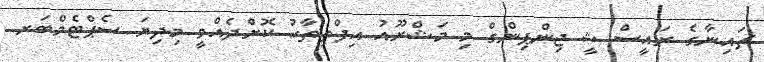
ޗައިނާގެ ރައީސް ޝީ ޖިންޕިންގް މި މަޝްރޫއު އިފްތިތާހު ކޮށްދެއްވީ މިދިޔަ ސެޕްޓެމްބަރ